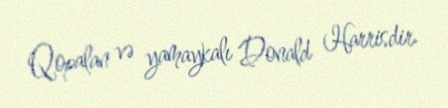
Qopalan və yamaykalı Donald Harrisdir.